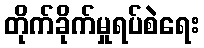
တိုက်ခိုက်မှုရပ်စဲရေး